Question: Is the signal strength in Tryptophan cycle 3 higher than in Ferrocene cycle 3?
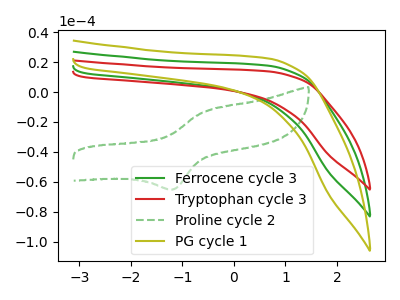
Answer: <think>The green curve "Ferrocene cycle 3" has no peaks. The red curve "Tryptophan cycle 3" has no peaks. The green dashed curve "Proline cycle 2" has an anodic peak at (-0.55V, -12.90uA) and a cathodic peak at (-1.15V, -64.90uA). The olive curve "PG cycle 1" has no peaks.
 Neither "Tryptophan cycle 3" or "Ferrocene cycle 3" have any peaks.</think>
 <answer>I cant tell if "Tryptophan cycle 3" or "Ferrocene cycle 3" has more signal.</answer>
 <eval>mixed_signal</eval>